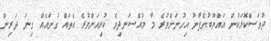
ދުވަސްކޮޅަކުން އައްޔޫބުގެފާނު އިހުނަށްވުރެ މާ މުއްސަނދިވެ ކުރިއަށްވުރެ އެތައް ގުނައެއް ގިނަ ދަރިން